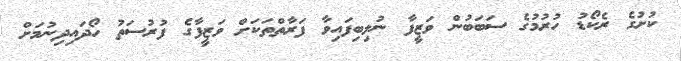
ކުށުގެ ރެކޯޑު ހުރުމުގެ ސަބަބުން ވަޒީފާ ނުލިބިފައިވާ ފަރާތްތަކަށް ވަޒީފާގެ ފުރުސަތު ހޯދައިދިނުމަށް